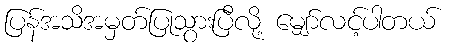
ပြန်အသိအမှတ်ပြုသွားပြီလို့ မျှော်လင့်ပါတယ်